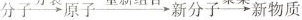
分子→原子→新分子→新物质